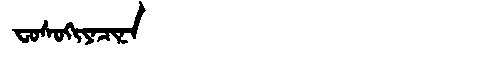
Manchu: ᠸᠣᠰᠣᡴᡳᠶᠠᠴᡳᠨᠠ
Romanization: FOSOKIYACINA